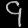
Digit: ၄